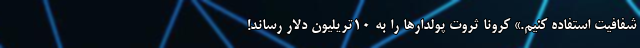
شفافیت استفاده کنیم.» کرونا ثروت پولدارها را به ۱۰تریلیون دلار رساند!